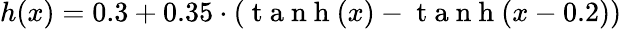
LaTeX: h(x)=0.3+0.35\cdot\left(\mathrm{~t~a~n~h~}(x)-\mathrm{~t~a~n~h~}(x-0.2)\right)